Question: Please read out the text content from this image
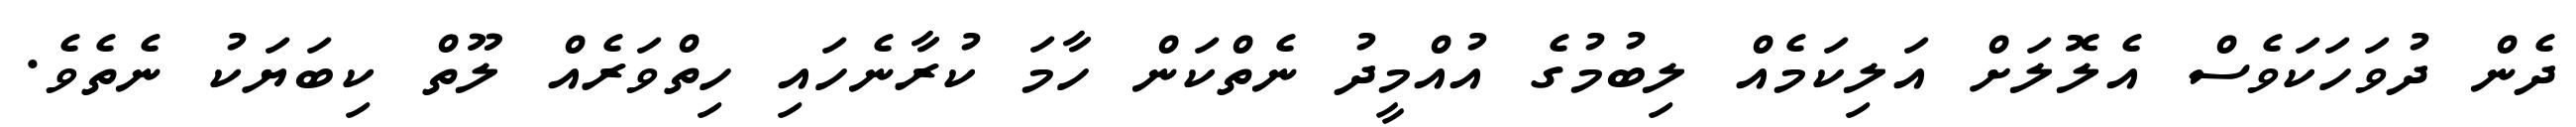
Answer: ދެން ދުވަހަކަވެސް އެލޮލަށް އަލިކަމެއް ލިބުމުގެ އުއްމީދު ނެތްކަން ހާމަ ކުރާނެހައި ހިތްވަރެއް ލޫތް ކިބަޔަކު ނެތެވެ.